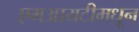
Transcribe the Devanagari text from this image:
एमआयटीमधून